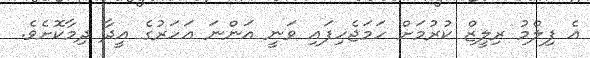
އެ ފިލްމު ރިލީޒް ކުރުމަށް ހަމަޖެހިފައި ވަނީ އަންނަ އަހަރުގެ އީދާ ދިމާކޮށެވެ.